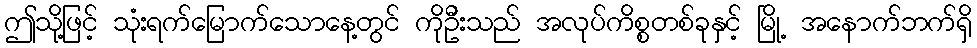
ဤသို့ဖြင့် သုံးရက်မြောက်သောနေ့တွင် ကိုဦးသည် အလုပ်ကိစ္စတစ်ခုနှင့် မြို့ အနောက်ဘက်ရှိ